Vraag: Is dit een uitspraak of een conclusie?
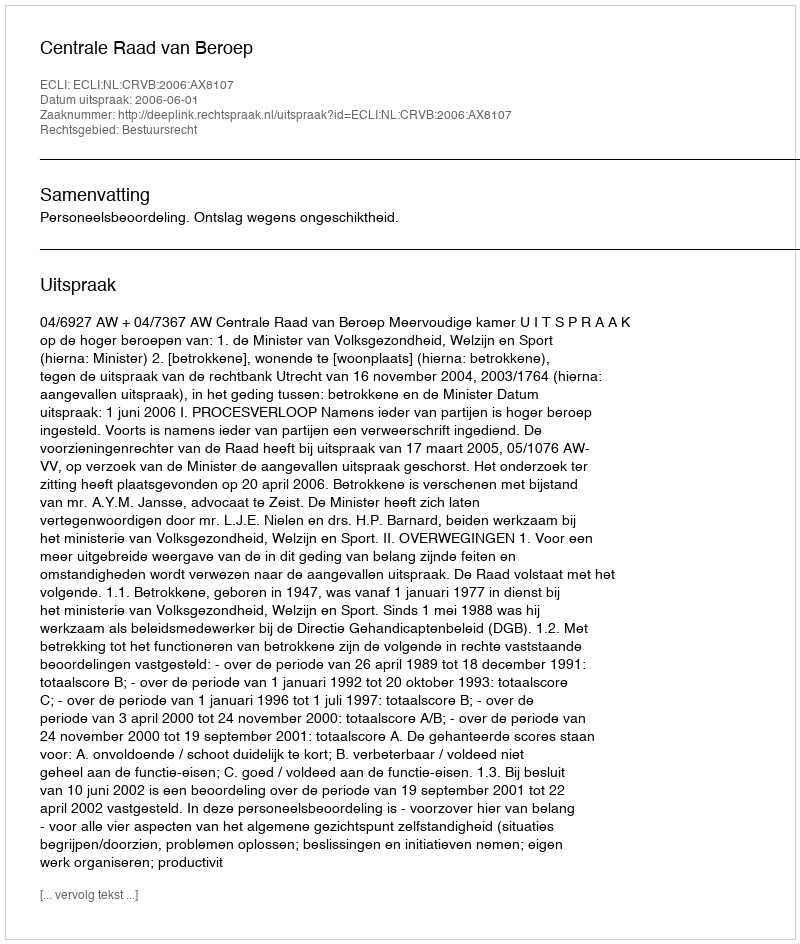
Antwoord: Uitspraak